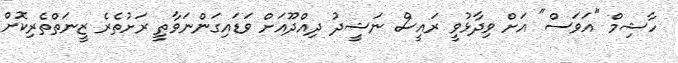
ހާޝިމް "އަވަސް" އަށް ވިދާޅުވީ ރައީސް ނަޝީދު ދިއްދޫއަށް ވަޑައިގަންނަވާތީ ރަށުތެރެ ޒީނަތްތެރިކޮށް